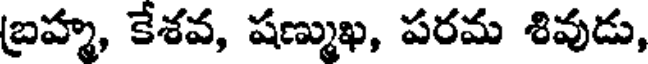
బ్రహ్మ, కేశవ, షణ్ముఖ, పరమ శివుడు,